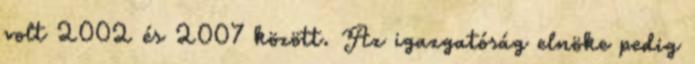
volt 2002 és 2007 között. Az igazgatóság elnöke pedig